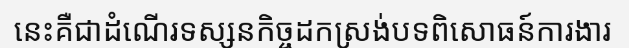
នេះគឺជាដំណើរទស្សនកិច្ចដកស្រង់បទពិសោធន៍ការងារ